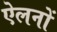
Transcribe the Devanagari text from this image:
ऐलनों